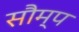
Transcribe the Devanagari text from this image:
सौम्प